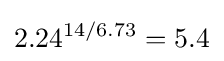
2.24^{14/6.73}=5.4